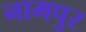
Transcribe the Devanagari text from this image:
नामपुर